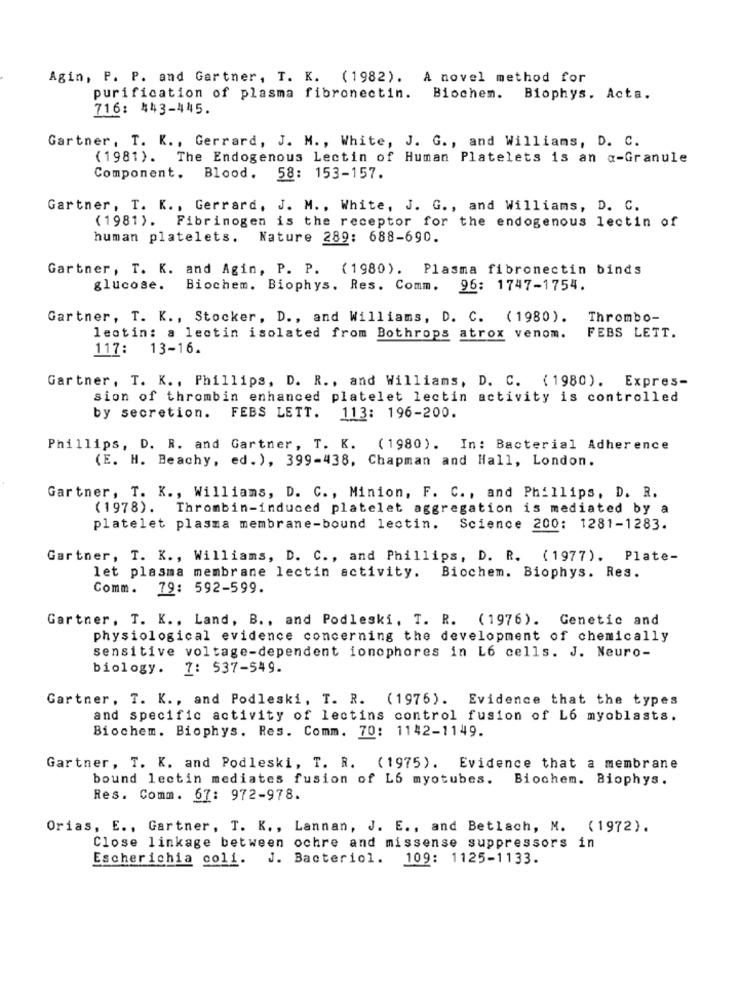
Agin, P. P. and Gartner, T. K. (1982). A novel method for
purification of plasma fibronectin. Biochem. Biophys. Acta.
716: 443-445.
Gartner, T. K ., Gerrard, J. M ., White, J. G ., and Williams, D. C.
(1981). The Endogenous Lectin of Human Platelets is an a-Granule
Component. Blood. 58: 153-157.
Gartner, T. K ., Gerrard, J. M ., White, J. G ., and Williams, D. C.
(1981). Fibrinogen is the receptor for the endogenous lectin of
human platelets.
Nature 289: 688-690.
Gartner, T. K. and Agin, P. P. (1980). Plasma fibronectin binds
glucose.
Biochem. Biophys. Res. Comm. 96: 1747-1754.
Gartner, T. K ., Stocker, D ., and Williams, D. C. (1980). Thrombo-
FEBS LETT.
lectin: a lectin isolated from Bothrops atrox venom.
117: 13-16.
Gartner, T. K ., Phillips, D. R ., and Williams, D. C. (1980). Expres-
sion of thrombin enhanced platelet lectin activity is controlled
by secretion.
FEBS LETT. 113: 196-200.
Phillips, D. R. and Gartner, T. K. (1980). In: Bacterial Adherence
(E. H. Beachy, ed. ), 399-438, Chapman and Hall, London.
Gartner, T. K ., Williams, D. C ., Minion, F. C ., and Phillips, D. R.
(1978). Thrombin-induced platelet aggregation is mediated by a
platelet plasma membrane-bound lectin.
Science 200: 1281-1283.
Gartner, T. K ., Williams, D. C ., and Phillips, D. R. (1977). Plate-
let plasma membrane lectin activity. Biochem. Biophys. Res.
Comm.
79: 592-599.
Gartner, T. K ., Land, B ., and Podleski, T. R. (1976). Genetic and
physiological evidence concerning the development of chemically
sensitive voltage-dependent ionophores in L6 cells. J. Neuro-
biology. 7: 537-549.
Gartner, T. K ., and Podleski, T. R. (1976). Evidence that the types
and specific activity of lectins control fusion of L6 myoblasts.
Biochem. Biophys. Res. Comm. 70: 1142-1149.
Gartner, T. K. and Podleski, T. R. (1975). Evidence that a membrane
bound lectin mediates fusion of L6 myotubes. Biochem. Biophys.
Res. Comm. 67: 972-978.
Orias, E ., Gartner, T. K ., Lannan, J. E ., and Betlach, M. (1972).
Close linkage between ochre and missense suppressors in
Escherichia coli. J. Bacteriol. 109: 1125-1133.